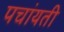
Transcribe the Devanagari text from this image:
पचांयती